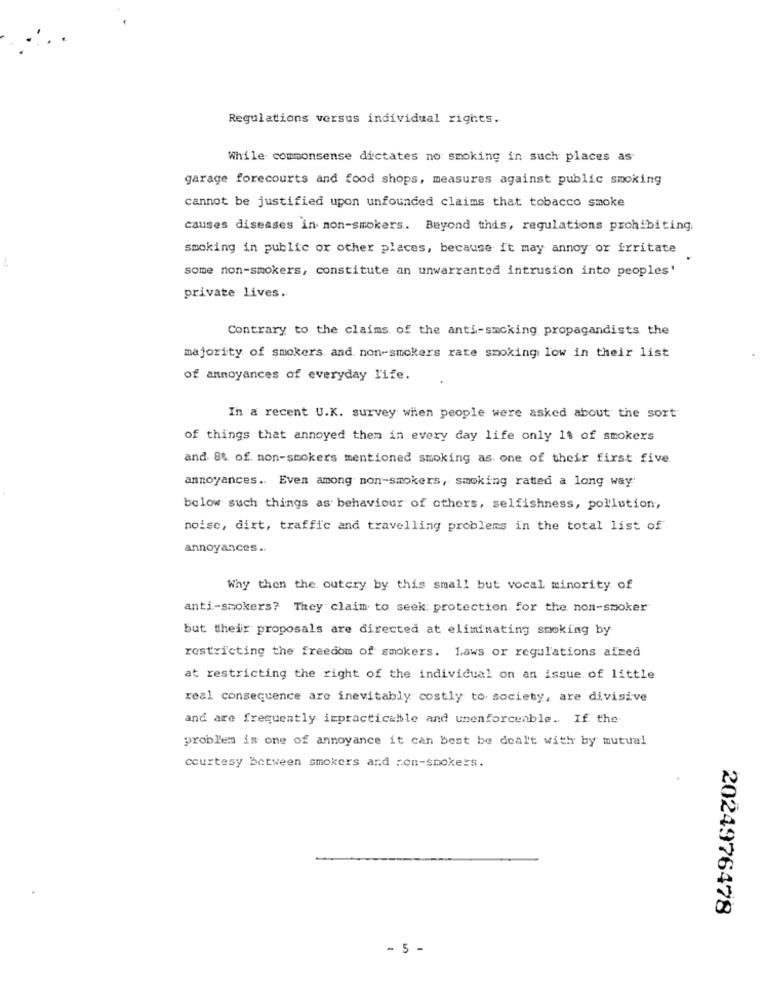
Regulations versus individual rights.
While commonsense dictates no smoking in such places as
garage forecourts and food shops, measures against public smoking
cannot be justified upon unfounded claims that tobacco smoke
causes diseases in non-smokers. Beyond this, regulations prohibiting.
smoking in public or other places, because it may annoy or irritate
some non-smokers, constitute an unwarranted intrusion into peoples'
private lives.
Contrary to the claims of the anti-smoking propagandists the
majority of smokers and non-smokers rate smoking low in their list
of annoyances of everyday life.
In a recent U.K. survey when people were asked about the sort
of things that annoyed them in every day life only 1% of smokers
and 8% of non-smokers mentioned smoking as one of their first five
annoyances .. Even among non-smokers, smoking rated a long way
below such things as behaviour of others, selfishness, pollution,
noise, dirt, traffic and travelling problems in the total list of
annoyances ..
Why then the outery by this small but vocal minority of
anti-smokers? They claim to seek: protection for the non-smoker
but their proposals are directed at eliminating smoking by
restricting the freedom of smokers. Laws or regulations afmed
at restricting the right of the individual on an issue of little
real consequence are inevitably costly to society, are divisive
and are frequently impracticable and unenforceable. If the
problem is one of annoyance it can best be dealt with by mutual
courtesy Between smokers and non-smokers.
2024976478
- 5 -